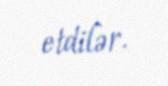
etdilər.